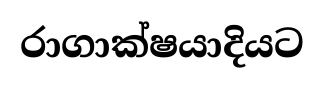
රාගාක්ෂයාදියට